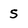
Character: s